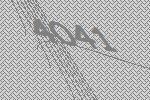
4041